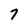
Character: 7